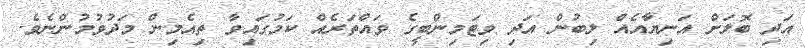
އަދި ބޮލަށް އަނިޔާއެއް ލިބުން އަދި ވިޓަމިންބީގެ ވައްތަރެއް ކަމުގައިވާ ތިއެމިން މަދުވުމުންނެވެ.